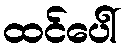
ထင်ပေါ်